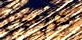
تشارمين